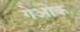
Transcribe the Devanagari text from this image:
गेओक